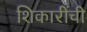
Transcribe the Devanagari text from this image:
शिकारींची